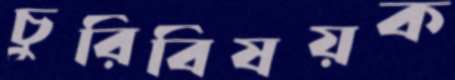
চুরিবিষয়ক